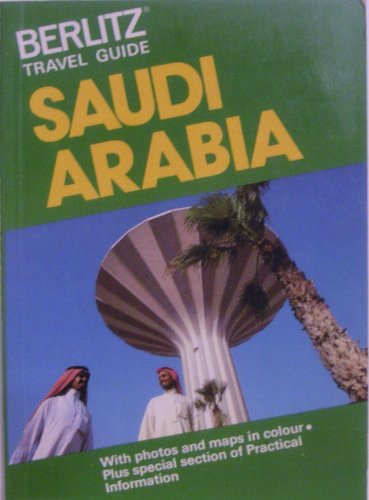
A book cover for Berlitz Travel Guide to Saudi Arabia; Travel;